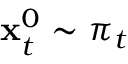
\mathbf { x } _ { t } ^ { 0 } \sim \pi _ { t }